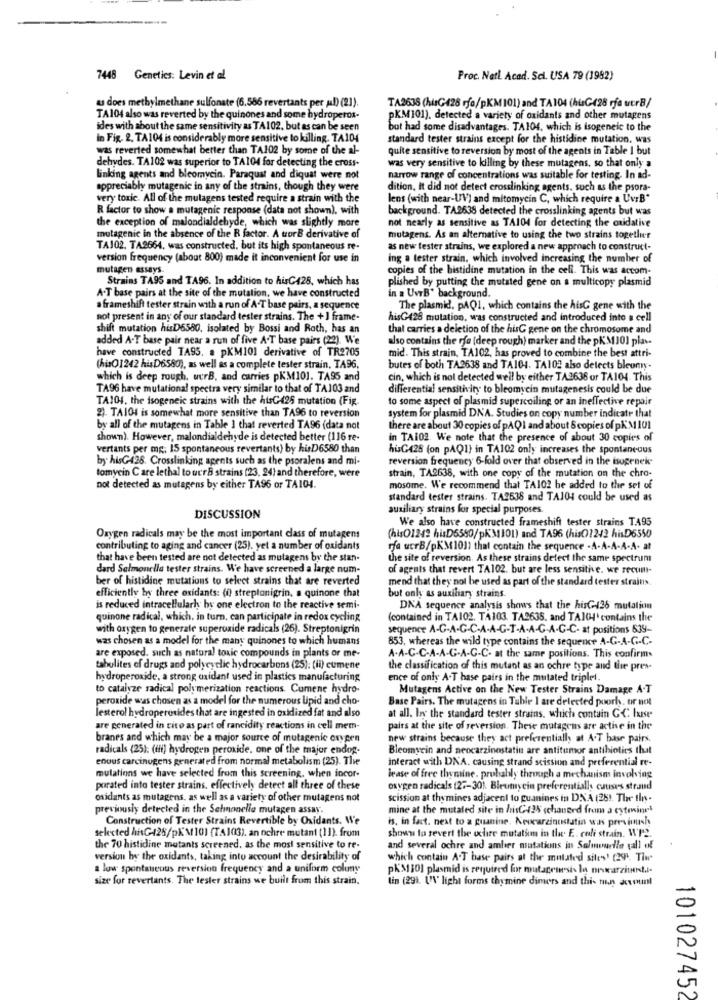
7448 Genetics: Levin et al.
Proc. Natl. Acad. Sci. USA 79 (1982)
u does methylmethane sulfonate (6.586 revertants per uu!) (21).
TA2638 (hisG428 rfo/pKM101) and TA104 (huG428 rfe utr8/
TA104 also was reverted by the quinones and some hydroperox-
pKM101), detected a variety of oxidants and other mutagens
ides with about the same sensitivity as TA102, but as can be seen
but had some disadvantages. TA104, which is isogeneic to the
In Fig. 2. TA104 is considerably more sensitive to killing. TA104
standard tester strains except for the histidine mutation. was
was reverted somewhat better than TA102 by some of the al-
quite sensitive to reversion by most of the agents in Table I but
dehydes. TA102 was superior to TAI04 for detecting the cross-
was very sensitive to killing by these mutagens, so that only a
linking agents and bleomycin. Paraquat and diquat were not
narrow range of concentrations was suitable for testing. In ad-
appreciably mutagenic in any of the strains, though they were
dition, It did not detect crosslinking agents, such as the psora-
very toxic. All of the mutagens tested require a strain with the
lens (with near-UV) and mitomycin C, which require a UvrB"
R factor to show a mutagenic response (data not shown), with
background. TA2638 detected the crosslinking agents but was
the exception of malondialdehyde, which was slightly more
not nearly as sensitive as TAIO4 for detecting the oxidative
mutagenic in the absence of the R factor. A torB derivative of
mutagens. As an alternative to using the two strains together
TAJ02. TA2664, was constructed, but its high spontaneous re-
as new tester strains, we explored a new approach to construct-
version frequency (about 800) made it inconvenient for use in
ing a tester strain, which involved increasing the number of
mutagen assays.
copies of the histidine mutation in the cell. This was accom-
Strains TA95 and TA96. In addition to hisC428, which has
plished by putting the mutated gene on a multicopy plasmid
A-T base pairs at the site of the mutation, we have constructed
in = UvrB' background.
a frameshift tester strain with a run of A.T base pairs, a sequence
The plasmid, PAQ1, which contains the hisG gene with the
not present in any of our standard tester strains. The + I frame-
hisG428 mutation, was constructed and introduced into a cell
shift mutation hisD6580, isolated by Bossi and Roth, has an
that carries a deletion of the hisG gene on the chromosome and
added A-T base pair near a run of five A.T base pairs (22). We
also contains the rfe (deep rough) marker and the pKM101 plas-
have constructed TASS. a pKM101 derivative of TR2705
mid. This strain, TA102, has proved to combine the best attri-
(hisO1242 hisD6580), as well as a complete tester strain, TA96,
butes of both TA2638 and TA104. TA102 also detects bleomy.
which is deep rough, uurB, and carries pKM101. TA95 and
cin, which is not detected weil by either TA2638 or TA104. This
TA96 have mutational spectra very similar to that of TA103 and
differential sensitivity to bleomycin mutagenesis could be due
TA104, the isogeneic strains with the htsG-426 mutation (Fig.
to some aspect of plasmid supercoiling or an ineffective repair
2). TAIO4 is somewhat more sensitive than TA96 to reversion
system for plasmid DNA. Studies on copy number indicate that
by all of the mutagens in Table 1 that reverted TA96 (data not
there are about 30 copies of pAQI and about 6 copies of pKM 101
shown). However, malondialdehyde is detected better (116 re-
in TAI02. We note that the presence of about 30 copies of
vertants per mg: 15 spontaneous revertants) by hisD6580 than
hisG428 (on pAQ1} in TA102 only increases the spontaneous
by hisG426. Crosslinking agents such as the psoralens and mi-
reversion frequency 6-fold over that observed in the isogenek-
tomycin Care lethal to ucra strains (23, 24) and therefore, were
strain, TA2638, with one copy of the mutation on the chro-
not detected as mutagens by either TA96 or TA104.
mosome. We recommend that TA102 be added to the set of
standard tester strains. TA2638 and TAJ04 could be used as
auxiliary strains for special purposes
DISCUSSION
We also have constructed frameshift tester strains T.A95
Oxygen radicals may be the most important class of mutagens
(his01242 hisD6580/pKM101) and TA96 (his0)1242 hisD6550
contributing to aging and cancer (25). yet a number of oxidants
rfa ucrB/pKM1011 that contain the sequence . A.A-A-A-A- at
that have been tested are not detected as mutagens by the stan-
the site of reversion. As these strains detect the same spectrum
dard Salmonella tester strains. We have screened a large num-
of agents that revert TA102. but are less sensitive. we recum-
ber of histidine mutations to select strains that are reverted
mend that they not be used as part of the standard tester strains.
efficiently by three oxidants: (i) streptonigrin, a quinone that
but only as auxiliary strains.
is reduced intracellularhy by one electron to the reactive semi-
DNA sequence analysis shows that the hisG426 mutation
quinone radical, which. in turn, can participate in redox cycling
(contained in TA102. TA103. TA2635, and TA104' contains the
with oxygen to generale superoxide radicals (26). Streptonigrin
sequence A-G-A-G-C-A-A-G-T-A-A-G-A-C-C- at positions 639-
was chosen as a model for the many quinones to which humans
853, whereas the wild type contains the sequence A-G-A-G-C-
are exposed, such as natural toxic compounds in plants or me-
A.A-C-C-A-A-G-A-G-C- at the same positions. This confirms
tabulites of drugs and polycyclic hydrocarbons (25): (il) cumene
the classification of this mutant as an ochre type and the pres-
hydroperoxide, a strong oxidant used in plastics manufacturing
ence of only A-T base pairs in the mutated triplet.
to catalyze radical polymerization reactions. Cumene hydro-
Mutagens Active on the New Tester Strains Damage A-T
peroxide was chosen as a model for the numerous lipid and cho-
Base Pairs. The mutagens in Tuhle I are detected poorh. or not
lesterol hydroperoxides that are ingested in oxidized fat and also
at all. Ioy the standard tester strains, which contain GC huse
are generated in cito as part of rancidity reactions in cell mem-
pairs at the site of reversion. These mutagens are active in the
branes and which may be a major source of mutagenic oxygen
new strains because they act preferentiall, at A.T base pairs.
radicals (25); (iii) hydrogen peroxide. one of the major endog-
Bleomycin and neocarzinostatin are antitumor antibiotics that
enous carcinugens generated from normal metabolism (25). The
interact with DNA. causing strand scission and preferential re-
mulations we have selected from this screening, when incor-
lease of free thymine. probably through a mechanism involving
porated into tester strains. effectively detect all three of these
oxygen radicals (27-30). Bleomycin preferentially causes strand
oxidants as mutagens, as well as a variety of other mutagens not
scission at thymines adjacent to guanines in DNA (28). The tin-
previously detected in the Selmanella mutagen assay.
mine at the mutaled site in hisC424 cchanged from a cytrinet
Construction of Tester Strains Revertible by Oxidants. We
is, in fact. next to a guanine. Neocarzinustatin was persimush
selected hisG425/pKM101 (TA1(3). an ochre mutant (11). from
shown to revert the ochre mutation in the. E. coli strain. WP2.
the 70 histidine mutants screened, as the most sensitive to re-
and several ochre and amber mutations in Salmonelle (all of
version by the oxidants, taking into account the desirability of
which contain A.T base pairs at the mutated siles' (29. Tiwe
a low spontaneous reversion frequency and a uniform coluny
pK'$110] plasmid is required for mutagenesis la orucarziert.l.
size for revertants. The lester strains we built from this strain.
lin (29). UN' light forms thymine dimers and this men aceouml
101027452